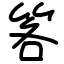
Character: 笿